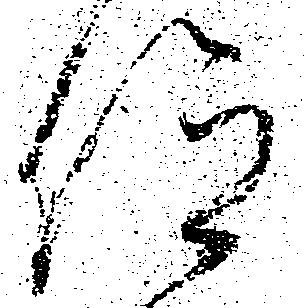
仰